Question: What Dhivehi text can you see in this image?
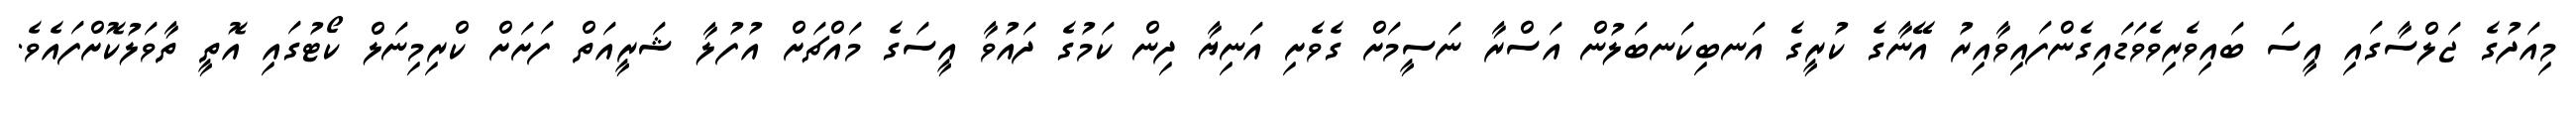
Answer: މިއަދުގެ ޖަލްސާގައި އީސަ ބައިވެރިވެވަޑައިގެންފައިވާއިރު އޭނާގެ ކުރީގެ އަނބިކަނބަލުން އަސްރާ ނަސީމަށް ގެވެށި އަނިޔާ ދިން ކަމުގެ ދައުވާ އީސަގެ މައްޗަށް އުފުލާ ޝަރީއަތް ފަށަށް ކްރިމިނަލް ކޯޓުގައި އޮތީ ތާވަލުކޮށްފައެވެ.